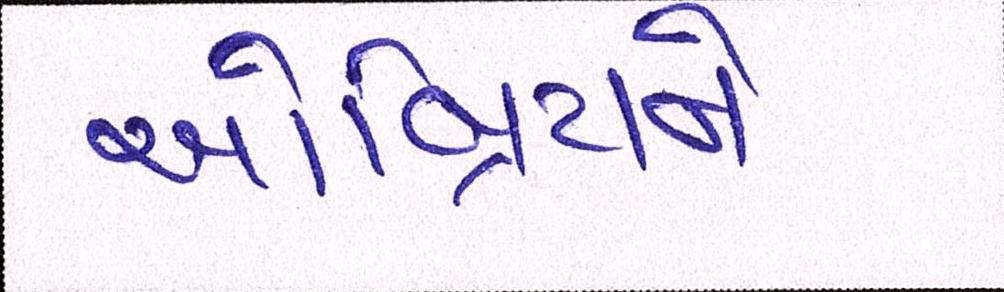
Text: ઓબ્રિયને